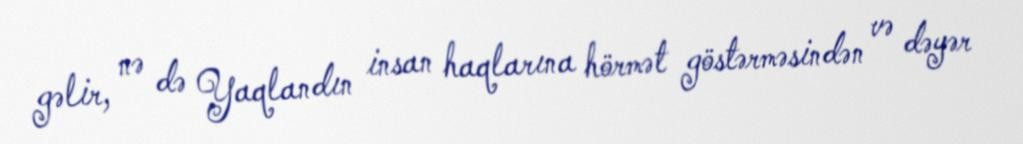
gəlir, nə də Yaqlandın insan haqlarına hörmət göstərməsindən və dəyər